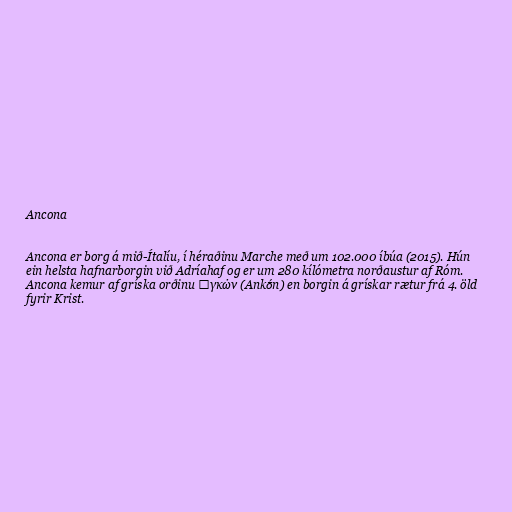
Ancona

Ancona er borg á mið-Ítalíu, í héraðinu Marche með um 102.000 íbúa (2015). Hún
ein helsta hafnarborgin við Adríahaf og er um 280 kílómetra norðaustur af Róm.
Ancona kemur af gríska orðinu Ἀγκών (Ankṓn) en borgin á grískar rætur frá 4. öld
fyrir Krist.